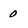
Character: 0